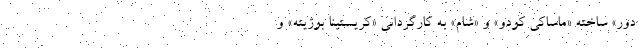
دور» ساخته «ماساکی کودو» و «شام» به کارگردانی «کریستینا بوژیته» و